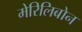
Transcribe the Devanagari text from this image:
मेरिलिबोन